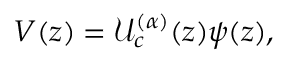
V ( z ) = \mathcal { U } _ { c } ^ { ( \alpha ) } ( z ) \psi ( z ) ,